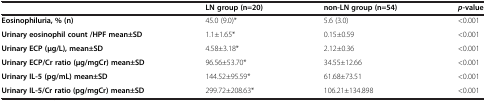
|  | LN group (n=20) | non-LN group (n=54) | p-value |
 | --- | --- | --- | --- |
 | Eosinophiluria, % (n) | 45.0 (9.0)* | 5.6 (3.0) | <0.001 |
 | Urinary eosinophil count /HPF mean±SD | 1.1±1.65* | 0.15±0.59 | <0.001 |
 | Urinary ECP (μg/L), mean±SD | 4.58±3.18* | 2.12±0.36 | <0.001 |
 | Urinary ECP/Cr ratio (μg/mgCr) mean±SD | 96.56±53.70* | 34.55±12.66 | <0.001 |
 | Urinary IL-5 (pg/mL) mean±SD | 144.52±95.59* | 61.68±73.51 | <0.001 |
 | Urinary IL-5/Cr ratio (pg/mgCr) mean±SD | 299.72±208.63* | 106.21±134.898 | <0.001 |